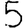
Digit: 5